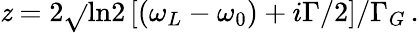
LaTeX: \mathit{z}=2\sqrt{}{{\mathrm{{ln2}}}}\, [(\omega_{L}-\omega_{0})+i\Gamma/2]/\Gamma_{G}\, .